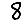
Digit: 8